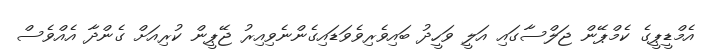
އެމްޑީޕީގެ ކެމްޕޭން ޖަލްސާގައި އަލީ ވަހީދު ބައިވެރިވެވަޑައިގެންނެވިއިރު ޖޭޕީން ކުރިއަށް ގެންދާ އެއްވެސް